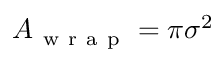
A _ { \mathrm { ~ w ~ r ~ a ~ p ~ } } = \pi \sigma ^ { 2 }